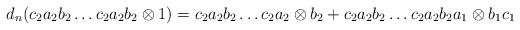
\begin{align*}d_n(c_2a_2b_2 \dots c_2a_2b_2 \otimes 1) = c_2a_2b_2 \dots c_2a_2 \otimes b_2 + c_2a_2b_2 \dots c_2a_2b_2a_1 \otimes b_1c_1\end{align*}